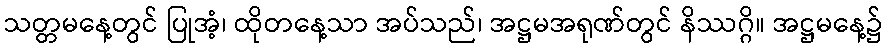
သတ္တမနေ့တွင် ပြုအံ့၊ ထိုတနေ့သာ အပ်သည်၊ အဋ္ဌမအရုဏ်တွင် နိဿဂ္ဂိ။ အဋ္ဌမနေ့၌